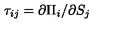
\tau _ { i j } = \partial \Pi _ { i } / \partial S _ { j }